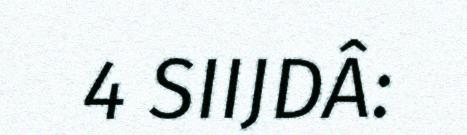
4 SIIJDÂ: